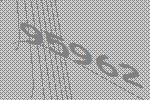
95962